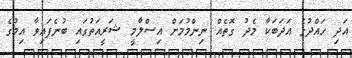
އަދި ހައްދުގެ އަދަބަކާ މެދު ގޮތެއް ނިންމުމަށް އިސްލާމީ ޝަރީއަތުގައި ބުނެފައިވާ އިމުގެ